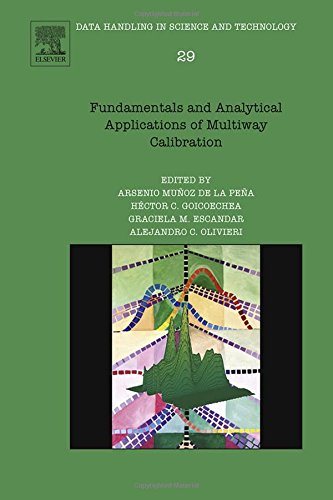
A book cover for Fundamentals and Analytical Applications of Multi-way Calibration, Volume 29 (Data Handling in Science and Technology); Science & Math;